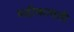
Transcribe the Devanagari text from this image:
महीकावती